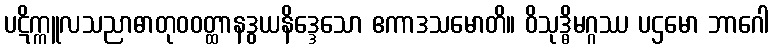
ပဋိက္ကူလသညာဓာတုဝဝတ္ထာနဒွယနိဒ္ဒေသော ဧကာဒသမောတိ။ ဝိသုဒ္ဓိမဂ္ဂဿ ပဌမော ဘာဂေါ